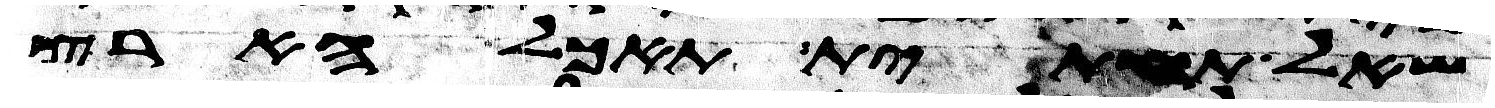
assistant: שאל תחתית תאכל ארץ